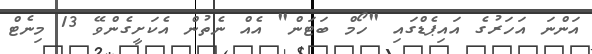
އަންނަ އަހަރުގެ އައިޕެޑްގައި "ހޯމް ބަޓަން" އެއް ނެތުން އެކަށީގެންވޭ 13 މިނެޓް